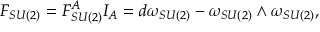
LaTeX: F _ { S U ( 2 ) } = F _ { S U ( 2 ) } ^ { A } I _ { A } = d \omega _ { S U ( 2 ) } - \omega _ { S U ( 2 ) } \wedge \omega _ { S U ( 2 ) } ,